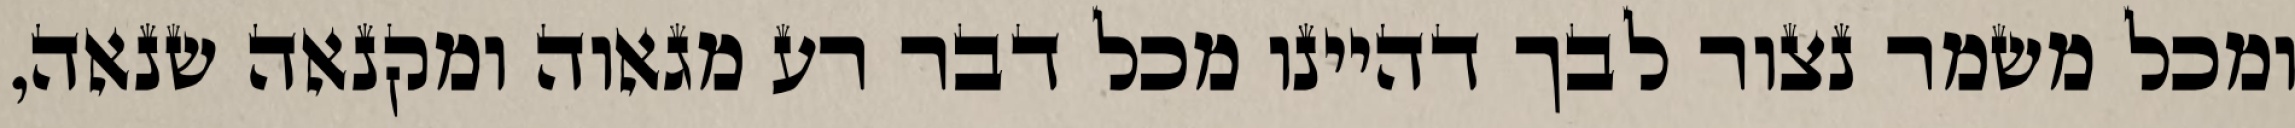
ומכל משמר נצור לבך דהיינו מכל דבר רע מגאוה ומקנאה שנאה,